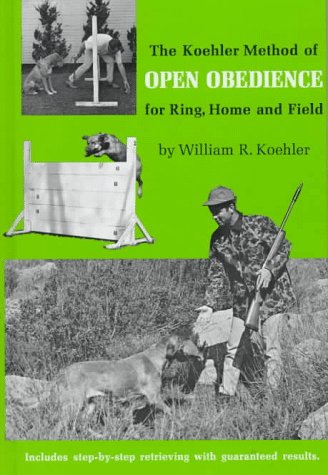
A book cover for The Koehler Method of Open Obedience for Ring, Home and Field,; William R. Koehler; Crafts, Hobbies & Home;